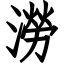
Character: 澇